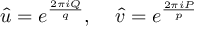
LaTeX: \hat { u } = e ^ { \frac { 2 \pi i Q } { q } } , \; \; \; \; \hat { v } = e ^ { \frac { 2 \pi i P } { p } }